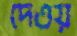
দেওয়